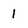
Character: 1